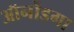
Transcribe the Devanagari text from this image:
ऑनोंडगा